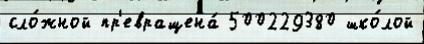
сло́жной пр'евращена́ 500229380 шко́лой